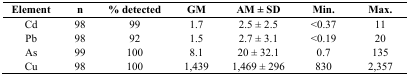
| Element | n | % detected | GM | AM ± SD | Min. | Max. |
 | --- | --- | --- | --- | --- | --- | --- |
 | Cd | 98 | 99 | 1.7 | 2.5 ± 2.5 | <0.37 | 11 |
 | Pb | 98 | 92 | 1.5 | 2.7 ± 3.1 | <0.19 | 20 |
 | As | 99 | 100 | 8.1 | 20 ± 32.1 | 0.7 | 135 |
 | Cu | 98 | 100 | 1,439 | 1,469 ± 296 | 830 | 2,357 |